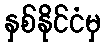
နှစ်နိုင်ငံမှ